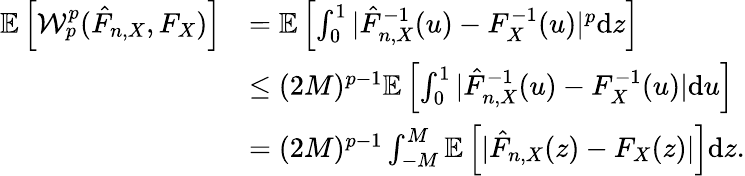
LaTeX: \begin{array}{rl}{\mathbb{E}\left[\mathcal{W}_{p}^{p}(\hat{F}_{n,X},F_{X})\right]}&{=\mathbb{E}\left[\int_{0}^{1}|\hat{F}_{n,X}^{-1}(u)-F_{X}^{-1}(u)|^{p}\mathrm{d}z\right]}\\ &{\leq(2M)^{p-1}\mathbb{E}\left[\int_{0}^{1}|\hat{F}_{n,X}^{-1}(u)-F_{X}^{-1}(u)|\mathrm{d}u\right]}\\ &{=(2M)^{p-1}\int_{-M}^{M}\mathbb{E}\left[|\hat{F}_{n,X}(z)-F_{X}(z)|\right]\mathrm{d}z.}\end{array}